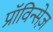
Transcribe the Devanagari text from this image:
प्राॅविन्सेज़